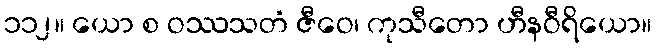
၁၁၂။ ယော စ ဝဿသတံ ဇီဝေ၊ ကုသီတော ဟီနဝီရိယော။